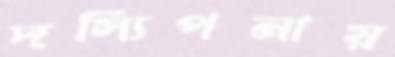
দস্যিপনায়